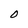
Character: 0